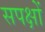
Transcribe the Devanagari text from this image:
सपक्षों